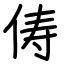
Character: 俦